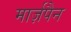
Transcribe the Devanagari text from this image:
मार्ज़पैन